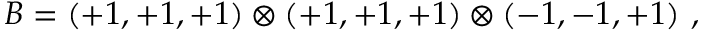
B = ( + 1 , + 1 , + 1 ) \otimes ( + 1 , + 1 , + 1 ) \otimes ( - 1 , - 1 , + 1 ) ~ , ~ \,